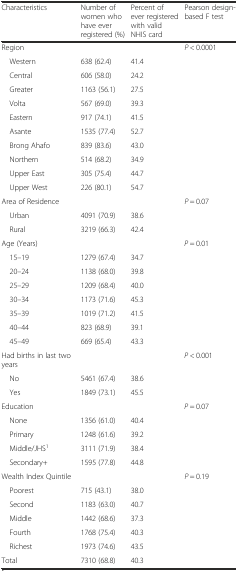
<table><thead><tr><td><b>Characteristics</b></td><td><b>Number of women who have ever registered (%)</b></td><td><b>Percent of ever registered with valid NHIS card</b></td><td><b>Pearson design-based F test</b></td></tr></thead><tbody><tr><td>Region</td><td></td><td></td><td><i>P</i> &lt; 0.0001</td></tr><tr><td> Western</td><td>638 (62.4)</td><td>41.4</td><td></td></tr><tr><td> Central</td><td>606 (58.0)</td><td>24.2</td><td></td></tr><tr><td> Greater</td><td>1163 (56.1)</td><td>27.5</td><td></td></tr><tr><td> Volta</td><td>567 (69.0)</td><td>39.3</td><td></td></tr><tr><td> Eastern</td><td>917 (74.1)</td><td>41.5</td><td></td></tr><tr><td> Asante</td><td>1535 (77.4)</td><td>52.7</td><td></td></tr><tr><td> Brong Ahafo</td><td>839 (83.6)</td><td>43.0</td><td></td></tr><tr><td> Northern</td><td>514 (68.2)</td><td>34.9</td><td></td></tr><tr><td> Upper East</td><td>305 (75.4)</td><td>44.7</td><td></td></tr><tr><td> Upper West</td><td>226 (80.1)</td><td>54.7</td><td></td></tr><tr><td>Area of Residence</td><td></td><td></td><td><i>P</i> = 0.07</td></tr><tr><td> Urban</td><td>4091 (70.9)</td><td>38.6</td><td></td></tr><tr><td> Rural</td><td>3219 (66.3)</td><td>42.4</td><td></td></tr><tr><td>Age (Years)</td><td></td><td></td><td><i>P</i> = 0.01</td></tr><tr><td> 15–19</td><td>1279 (67.4)</td><td>34.7</td><td></td></tr><tr><td> 20–24</td><td>1138 (68.0)</td><td>39.8</td><td></td></tr><tr><td> 25–29</td><td>1209 (68.4)</td><td>40.0</td><td></td></tr><tr><td> 30–34</td><td>1173 (71.6)</td><td>45.3</td><td></td></tr><tr><td> 35–39</td><td>1019 (71.2)</td><td>41.5</td><td></td></tr><tr><td> 40–44</td><td>823 (68.9)</td><td>39.1</td><td></td></tr><tr><td> 45–49</td><td>669 (65.4)</td><td>43.3</td><td></td></tr><tr><td>Had births in last two years</td><td></td><td></td><td><i>P</i> &lt; 0.001</td></tr><tr><td> No</td><td>5461 (67.4)</td><td>38.6</td><td></td></tr><tr><td> Yes</td><td>1849 (73.1)</td><td>45.5</td><td></td></tr><tr><td>Education</td><td></td><td></td><td><i>P</i> = 0.07</td></tr><tr><td> None</td><td>1356 (61.0)</td><td>40.4</td><td></td></tr><tr><td> Primary</td><td>1248 (61.6)</td><td>39.2</td><td></td></tr><tr><td> Middle/JHS<sup>1</sup></td><td>3111 (71.9)</td><td>38.4</td><td></td></tr><tr><td> Secondary+</td><td>1595 (77.8)</td><td>44.8</td><td></td></tr><tr><td>Wealth Index Quintile</td><td></td><td></td><td><i>P</i> = 0.19</td></tr><tr><td> Poorest</td><td>715 (43.1)</td><td>38.0</td><td></td></tr><tr><td> Second</td><td>1183 (63.0)</td><td>40.7</td><td></td></tr><tr><td> Middle</td><td>1442 (68.6)</td><td>37.3</td><td></td></tr><tr><td> Fourth</td><td>1768 (75.4)</td><td>40.3</td><td></td></tr><tr><td> Richest</td><td>1973 (74.6)</td><td>43.5</td><td></td></tr><tr><td>Total</td><td>7310 (68.8)</td><td>40.3</td><td></td></tr></tbody></table>